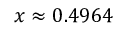
\textstyle x \approx 0 . 4 9 6 4